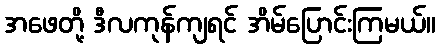
အဖေတို့ ဒီလကုန်ကျရင် အိမ်ပြောင်းကြမယ်။